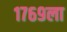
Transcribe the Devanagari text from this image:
१७६९ला